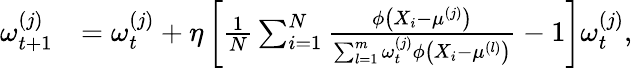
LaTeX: \begin{array}{rl}{\omega_{t+1}^{(j)}}&{=\omega_{t}^{(j)}+\eta\left[\frac{1}{N}\sum_{i=1}^{N}\frac{\phi\left(X_{i}-\mu^{(j)}\right)}{\sum_{l=1}^{m}\omega_{t}^{(j)}\phi\left(X_{i}-\mu^{(l)}\right)}-1\right]\omega_{t}^{(j)},}\end{array}